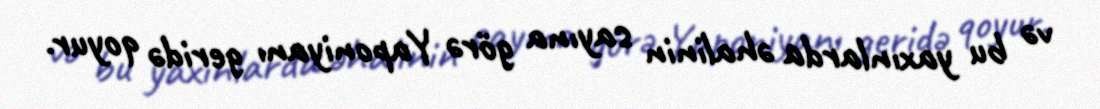
və bu yaxınlarda əhalinin sayına görə Yaponiyanı geridə qoyur.